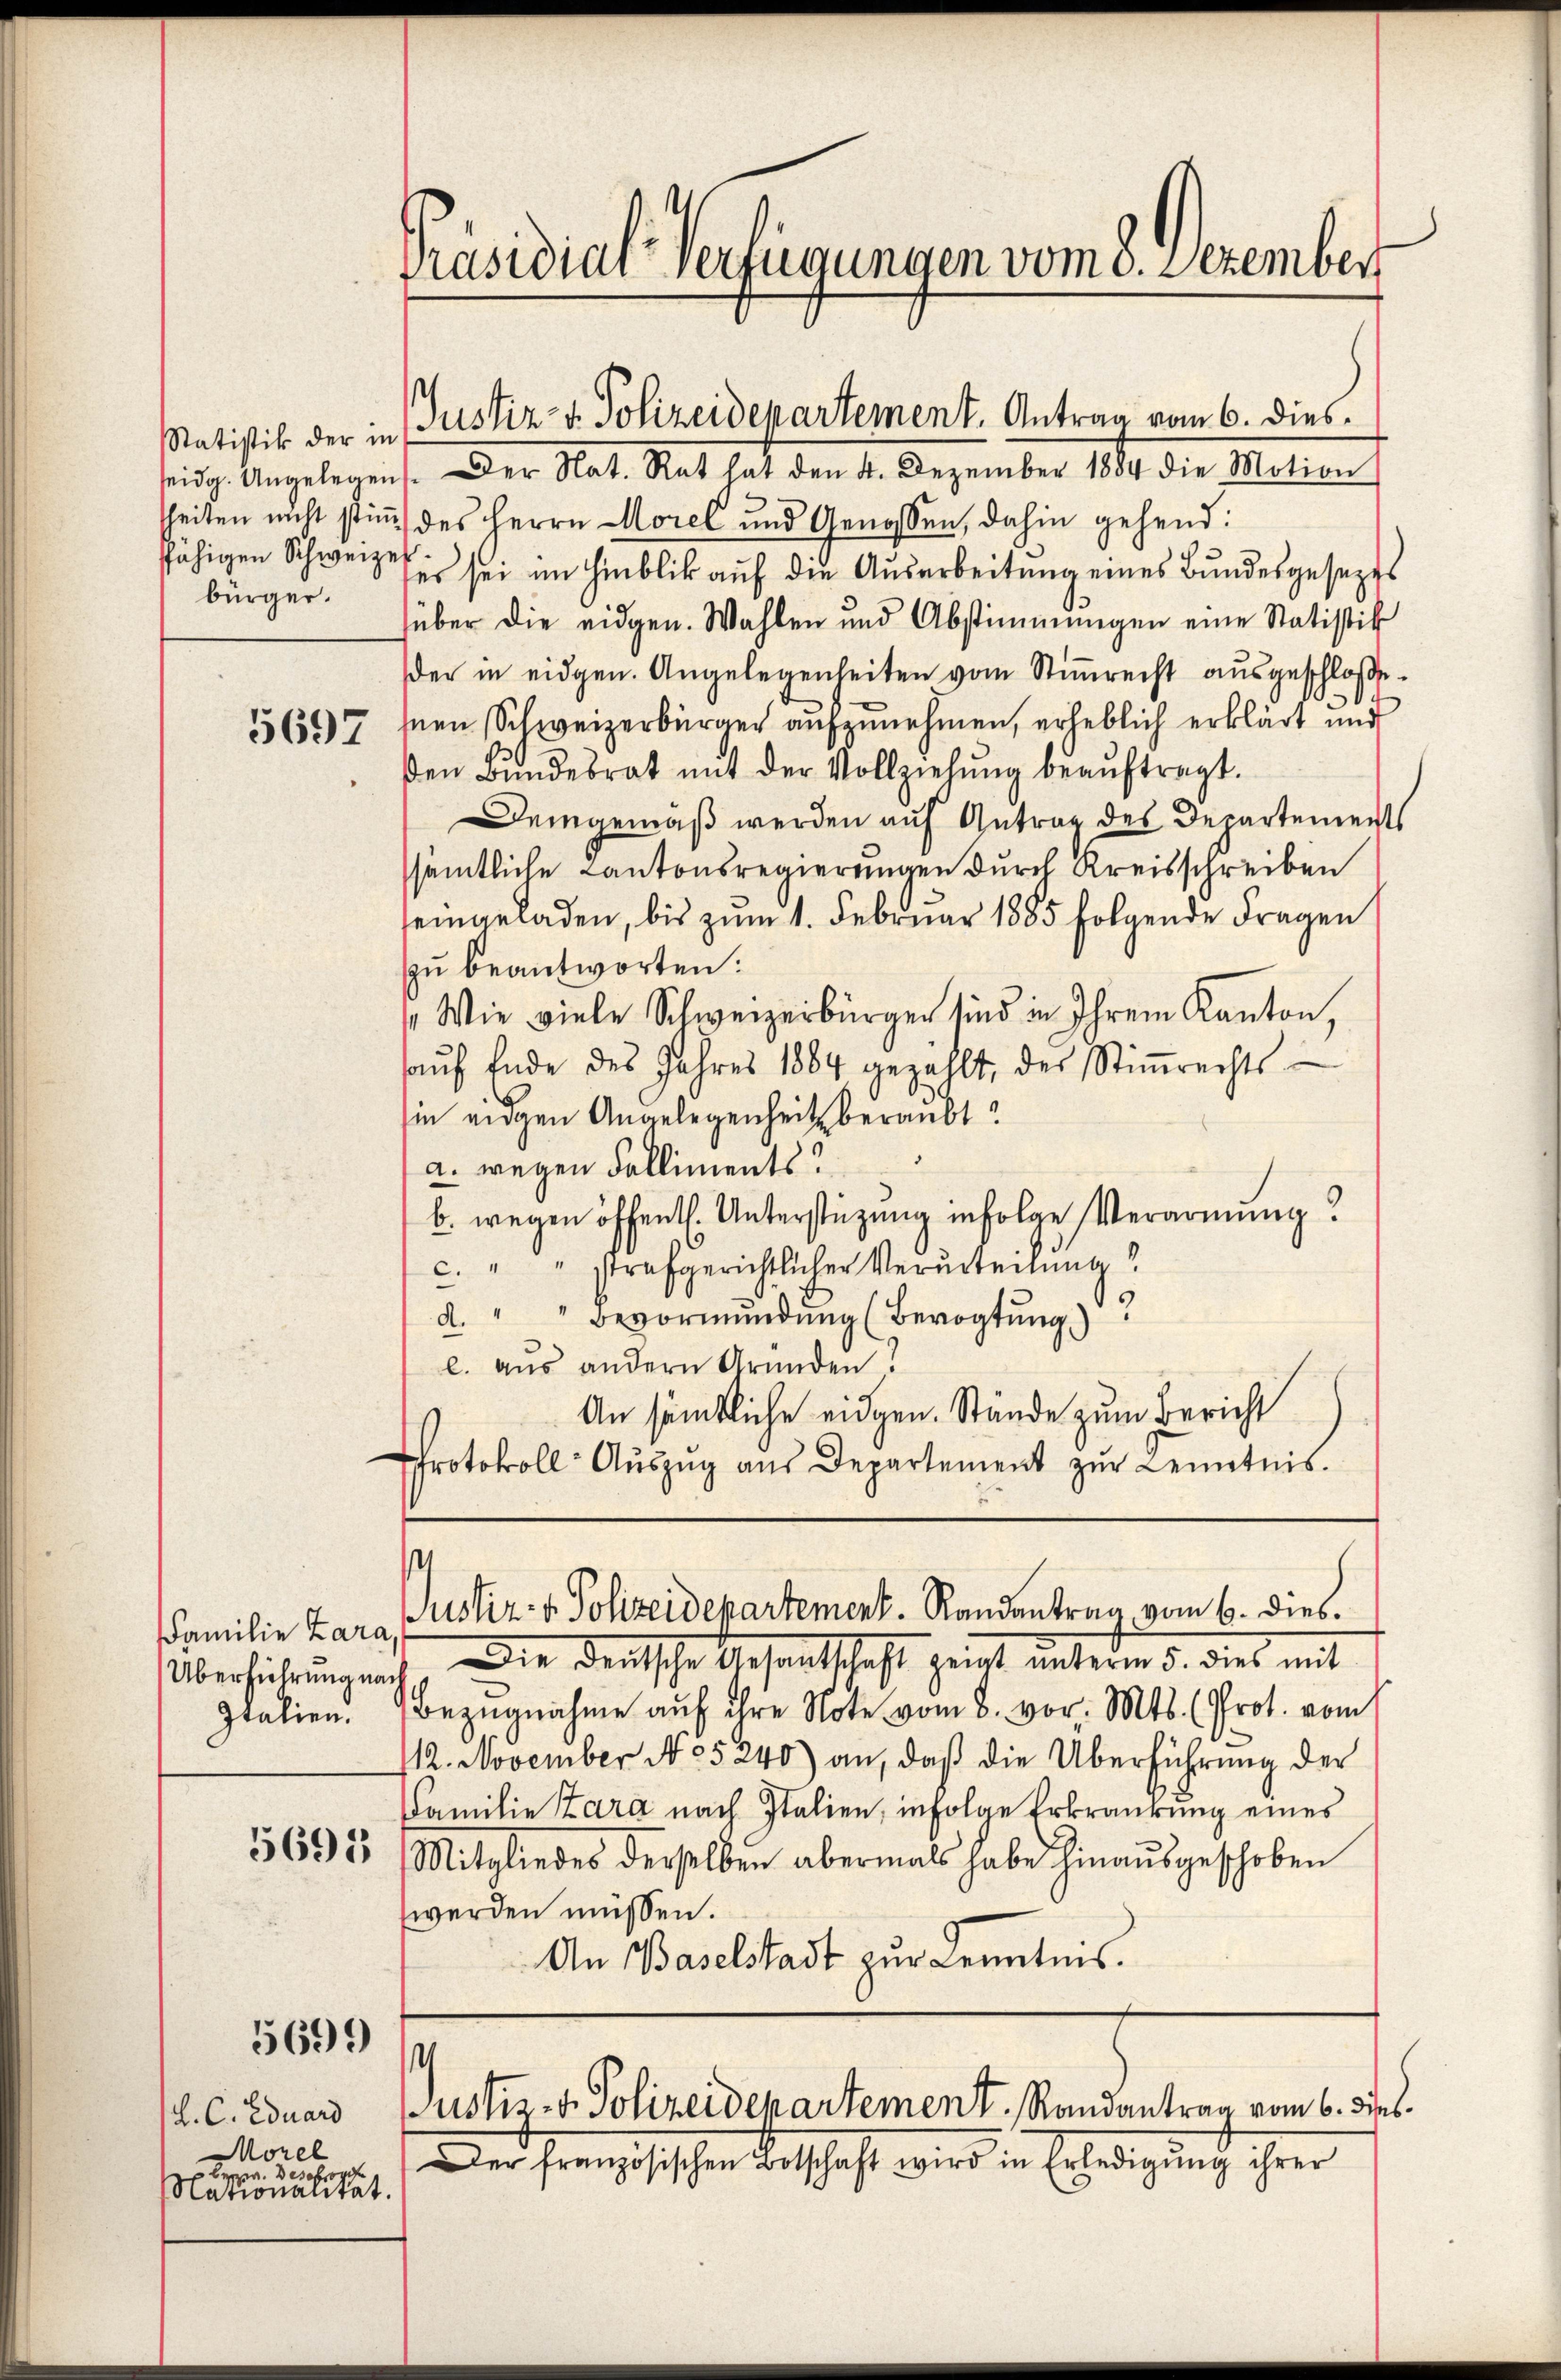
Statistik der in
ffähigen Schweizer
bürger.

5697

Familie Zara,
Überführung nach
Italien.

5699

l. C. Eduard
Morel
Bern des ober
slationalität.

Präsidial-Verfügungen vom 3. Dezember

seidg. Angelegen. Der Nat. Rat hat den 4. Dezember 1884 die Motion
sheiten nicht stimmt des Herrn Morel und Genossen, dahin gehend:
ses sei im Hinblick auf die Ausarbeitung eines Bundesgesezes
über die eidgen. Wahlen und Abstimmungen eine Statistik
der in eidgen. Angelegenheiten vom Stimmrecht ausgeschloßehnen Schweizerbürger aufzunehmen, erheblich erklärt und
den Bŭndesrat mit der Vollziehŭng beaŭftragt.
Demgemäß werden auf Antrag des Departements
sämtliche Cantonsregierungen durch Kreisschreiben
seingeladen, bis zum 1. Februar 1885 folgende Fragen
zu beantworten:
 Wie viele Schweizerbürger sind in Ihrem Kanton,
aŭf Ende des Jahres 1884 gezählt, des Stiṁrechts-
sin eidgen Angelegenheit beraubt?
a. wegen Falliments.
b. wegen öffentl. Unterstüzung infolge Verarmung!
c. " " strafgerichtlicher Verurteilung!
d. " " Bevormŭndŭng (Bevogtung)
l. aus andern Grunden?
An sämtliche eidgen. Stände zum Bericht
Protokoll-Aŭszŭg aŭs Departement zŭr Kenntnis.

Justiz- & Polizeidepartement. Antrag vom 6. dies¬

.
Justiz- & Polizeidepartement. Randantrag vom 6. dies.

Die deutsche Gesandtschaft zeigt unterm 5. dies mit
Bezŭgnahme auf ihre Note vom 8. vor. Mts. (Prot. vom
112. November No 5240) an, daß die Überführung der
Familie Zara nach Italien, infolge Erkrankung eines
3698 Mitgliedes derselben abermals habe hinaŭsgeschoben
werden müssen.
An Baselstadt zur Kenntnis.

¬
Justiz- & Polizeidepartement. Randantrag vom 6. dies

Der französischen Botschaft wird in Erledigŭng ihrer